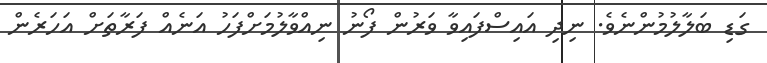
ގަޑި ބަލާލުމުންނެވެ. ނިދި އައިސްފައިވާ ވަރުން ފޯނު ނިއްވާލުމަށްފަހު އަނެއް ފަރާތަށް އަހަރެން